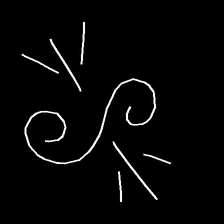
Glyph: wind-directs-air